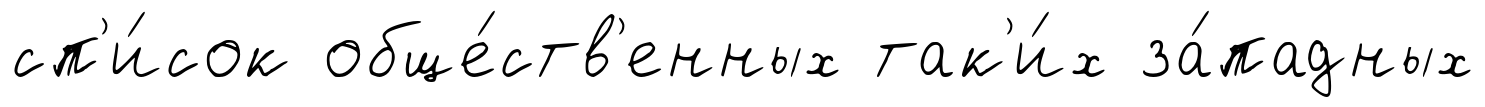
сп'и́сок обще́ств'енных так'и́х за́падных